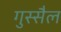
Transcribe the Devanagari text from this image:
गुस्सैल